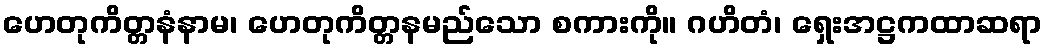
ဟေတုကိတ္တနံနာမ၊ ဟေတုကိတ္တနမည်သော စကားကို။ ဂဟိတံ၊ ရှေးအဋ္ဌကထာဆရာ